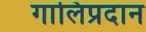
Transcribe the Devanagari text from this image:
गालिप्रदान